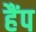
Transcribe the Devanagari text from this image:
हैंप